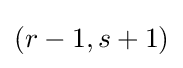
(r-1,s+1)